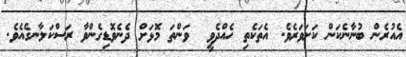
އެއުރެން ބުނާނެކަން ކަށަވަރެވެ. އެތަކެތި ހެއްދެވީ  ވަންތަ މޮޅަށް ދެނެވޮޑިގެންވާ ރަސްކަލާނގެއެވެ.